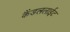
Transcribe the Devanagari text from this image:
कैंडललाईट